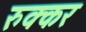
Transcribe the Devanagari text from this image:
रुक्कर